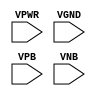
module sky130_fd_sc_hs__fill (
    VPWR,
    VGND,
    VPB ,
    VNB
);

    input VPWR;
    input VGND;
    input VPB ;
    input VNB ;
endmodule